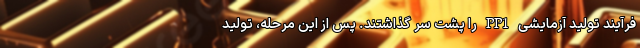
فرآیند تولید آزمایشی PP1 را پشت سر گذاشتند. پس از این مرحله، تولید